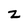
Character: z